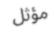
مؤثل